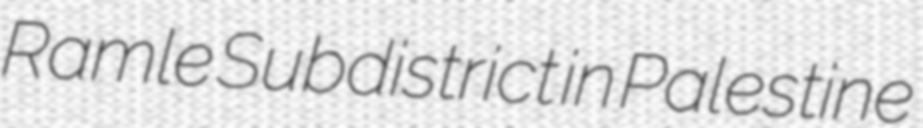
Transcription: Ramle Subdistrict in Palestine